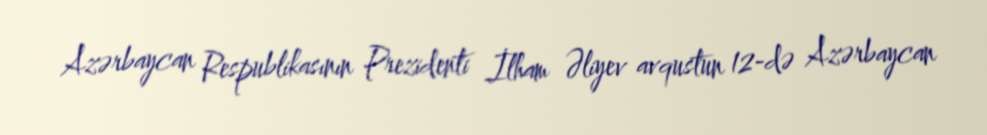
Azərbaycan Respublikasının Prezidenti İlham Əliyev avqustun 12-də Azərbaycan